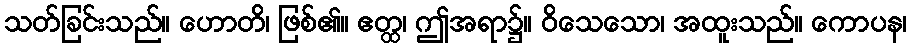
သတ်ခြင်းသည်။ ဟောတိ၊ ဖြစ်၏။ ဧတ္ထ၊ ဤအရာ၌။ ဝိသေသော၊ အထူးသည်။ ကောပန၊